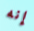
إنه